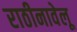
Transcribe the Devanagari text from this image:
राठीनावेलू